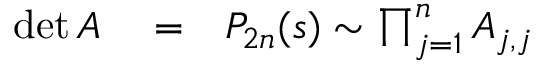
\begin{array} { r l r } { \operatorname* { d e t } A } & { { } = } & { P _ { 2 n } ( s ) \sim \prod _ { j = 1 } ^ { n } A _ { j , j } } \end{array}